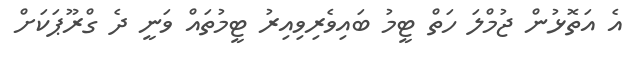
އެ އަތޮޅުން ޖުމްލަ ހަތް ޓީމު ބައިވެރިވިއިރު ޓީމުތައް ވަނީ ދެ ގްރޫޕަކަށް